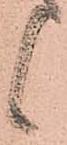
候